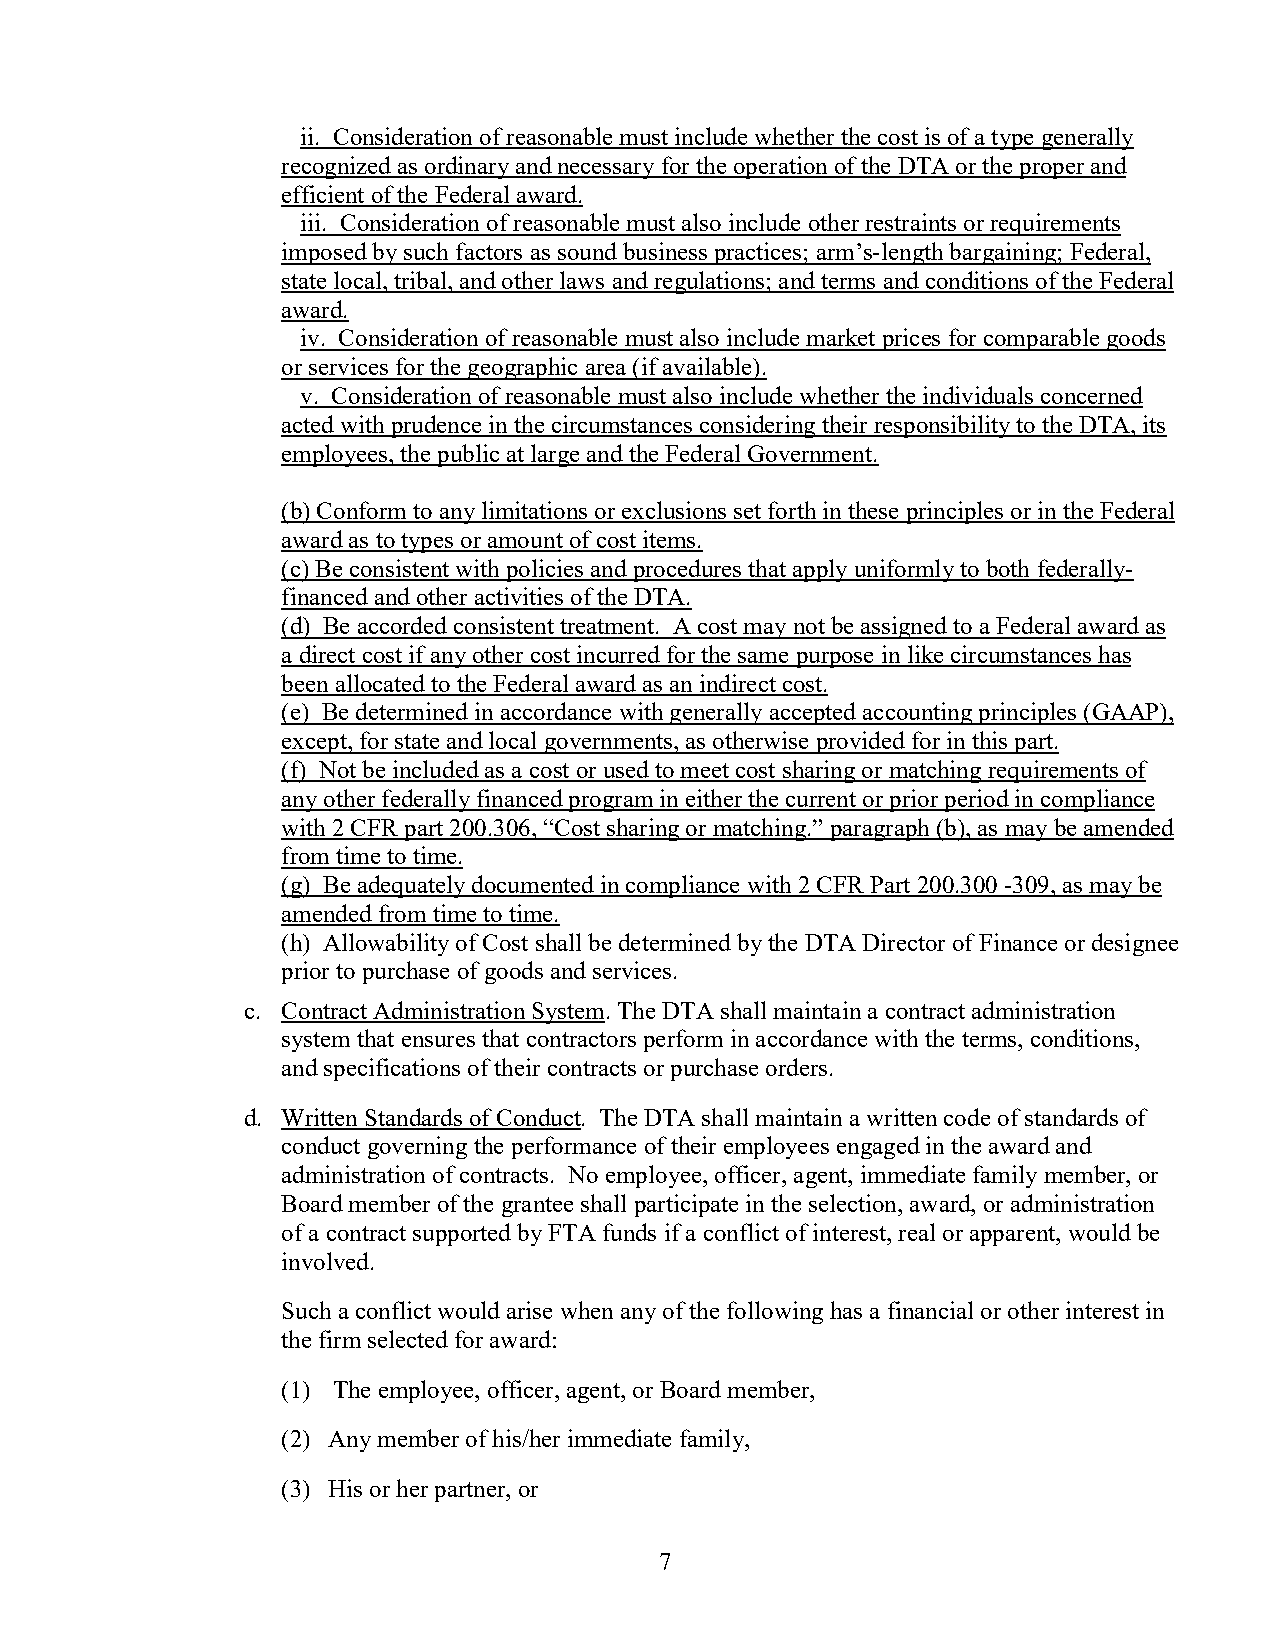
ii. Consideration of reasonable must include whether the cost is of a type generally
 recognized as ordinary and necessary for the operation of the DTA or the proper and
 efficient of the Federal award.
 iii. Consideration of reasonable must also include other restraints or requirements
 imposed by such factors as sound business practices; arm’s-length bargaining; Federal,
 state local, tribal, and other laws and regulations; and terms and conditions of the Federal
 award.
 iv. Consideration of reasonable must also include market prices for comparable goods
 or services for the geographic area (if available).
 v. Consideration of reasonable must also include whether the individuals concerned
 acted with prudence in the circumstances considering their responsibility to the DTA, its
 employees, the public at large and the Federal Government.
 (b) Conform to any limitations or exclusions set forth in these principles or in the Federal
 award as to types or amount of cost items.
 (c) Be consistent with policies and procedures that apply uniformly to both federally-
 financed and other activities of the DTA.
 (d) Be accorded consistent treatment. A cost may not be assigned to a Federal award as
 a direct cost if any other cost incurred for the same purpose in like circumstances has
 been allocated to the Federal award as an indirect cost.
 (e) Be determined in accordance with generally accepted accounting principles (GAAP),
 except, for state and local governments, as otherwise provided for in this part.
 (f) Not be included as a cost or used to meet cost sharing or matching requirements of
 any other federally financed program in either the current or prior period in compliance
 with 2 CFR part 200.306, “Cost sharing or matching.” paragraph (b), as may be amended
 from time to time.
 (g) Be adequately documented in compliance with 2 CFR Part 200.300 -309, as may be
 amended from time to time.
 (h) Allowability of Cost shall be determined by the DTA Director of Finance or designee
 prior to purchase of goods and services.
 c. Contract Administration System. The DTA shall maintain a contract administration
 system that ensures that contractors perform in accordance with the terms, conditions,
 and specifications of their contracts or purchase orders.
 d. Written Standards of Conduct. The DTA shall maintain a written code of standards of
 conduct governing the performance of their employees engaged in the award and
 administration of contracts. No employee, officer, agent, immediate family member, or
 Board member of the grantee shall participate in the selection, award, or administration
 of a contract supported by FTA funds if a conflict of interest, real or apparent, would be
 involved.
 Such a conflict would arise when any of the following has a financial or other interest in
 the firm selected for award:
 (1) The employee, officer, agent, or Board member,
 (2) Any member of his/her immediate family,
 (3) His or her partner, or
 7